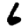
Digit: 6